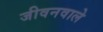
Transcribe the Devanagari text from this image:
जीवनवाले